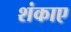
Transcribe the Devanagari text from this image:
शंकाए